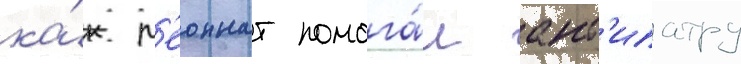
ка́к л'еоннат помога́л ант'ипатру